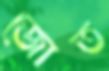
জোত